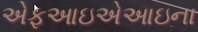
એફઆઇએઆઇના